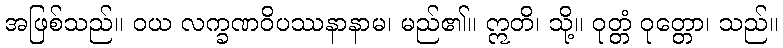
အဖြစ်သည်။ ဝယ လက္ခဏဝိပဿနာနာမ၊ မည်၏။ ဣတိ၊ သို့။ ဝုတ္တံ ဝုတ္တော၊ သည်။